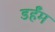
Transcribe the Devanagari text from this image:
डर्हॅम